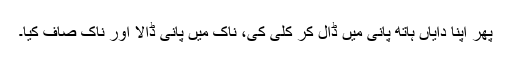
پھر اپنا دایاں ہاتھ پانی میں ڈال کر کلی کی، ناک میں پانی ڈالا اور ناک صاف کیا۔